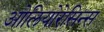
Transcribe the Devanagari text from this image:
ओलियोरेसिन्स